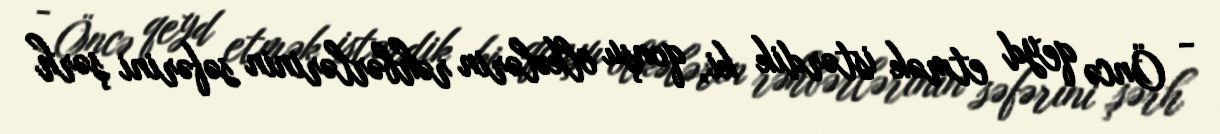
- Öncə qeyd etmək istərdik ki, qonşu ölkələrin rəhbərlərinin səfərini şərh